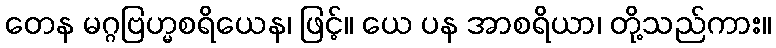
တေန မဂ္ဂဗြဟ္မစရိယေန၊ ဖြင့်။ ယေ ပန အာစရိယာ၊ တို့သည်ကား။